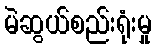
မဲဆွယ်စည်းရုံးမှု